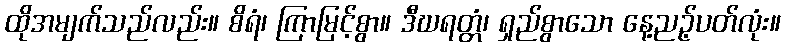
ထိုအမျက်သည်လည်း။ စိရံ၊ ကြာမြင့်စွာ။ ဒီဃရတ္တံ၊ ရှည်စွာသော နေ့ညဉ့်ပတ်လုံး။